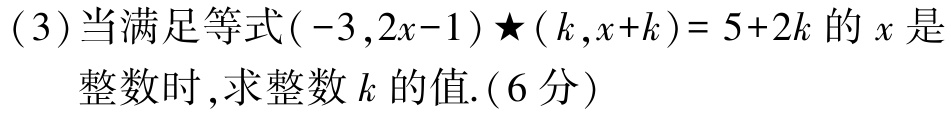
(3)当满足等式$(-3,2x - 1)\bigstar(k,x + k)=5 + 2k$的$x$是

整数时，求整数$k$的值.(6分)